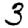
Digit: 3